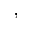
^ { , }